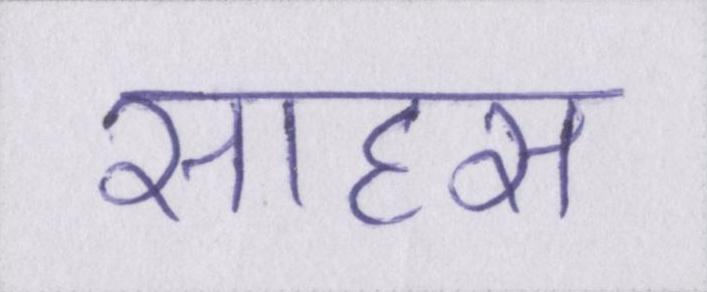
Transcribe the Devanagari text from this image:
साहस